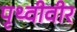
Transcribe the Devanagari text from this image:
पृथ्वीवीर